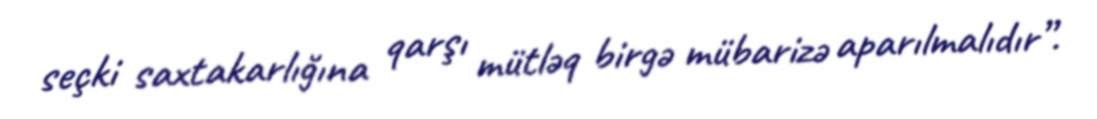
seçki saxtakarlığına qarşı mütləq birgə mübarizə aparılmalıdır”.